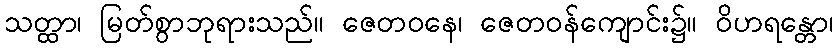
သတ္ထာ၊ မြတ်စွာဘုရားသည်။ ဇေတဝနေ၊ ဇေတဝန်ကျောင်း၌။ ဝိဟရန္တော၊